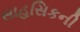
સાહસિકની